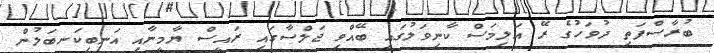
ބުރާސްފަތި ދުވަހުގެ ރޭ އަލިމަސް ކާނިވަލުގައި ބޭއްވި ޖަލްސާގައި ރައީސް ޔާމީނާއި އަނބިކަނބަލުން